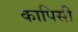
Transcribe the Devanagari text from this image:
कापिसी